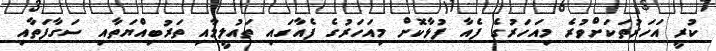
ކުރީ އަހަރުތަކަށްވުރެ މިއަހަރުގެ ފެއާ ފުޅާކޮށް މިއަހަރުގެ ފެއާގައި ތައުލީމާއި ތަރުބިއްޔަތާއި ސަގާފަތާއި